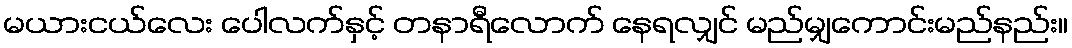
မယားငယ်လေး ပေါလက်နှင့် တနာရီလောက် နေရလျှင် မည်မျှကောင်းမည်နည်း။